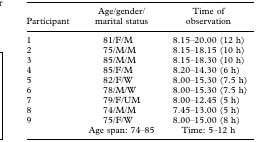
<table><thead><tr><td><b>Participant</b></td><td><b>Age/gender/marital status</b></td><td><b>Time of observation</b></td></tr></thead><tbody><tr><td>1</td><td>81/F/M</td><td>8.15–20.00 (12 h)</td></tr><tr><td>2</td><td>75/M/M</td><td>8.15–18.15 (10 h)</td></tr><tr><td>3</td><td>85/M/M</td><td>8.15–18.30 (10 h)</td></tr><tr><td>4</td><td>85/F/M</td><td>8.20–14.30 (6 h)</td></tr><tr><td>5</td><td>82/F/W</td><td>8.00–15.30 (7.5 h)</td></tr><tr><td>6</td><td>78/M/W</td><td>8.00–15.30 (7.5 h)</td></tr><tr><td>7</td><td>79/F/UM</td><td>8.00–12.45 (5 h)</td></tr><tr><td>8</td><td>74/M/M</td><td>7.45–13.00 (5 h)</td></tr><tr><td>9</td><td>75/F/W</td><td>8.00–15.00 (8 h)</td></tr><tr><td></td><td>Age span: 74–85</td><td>Time: 5–12 h</td></tr></tbody></table>